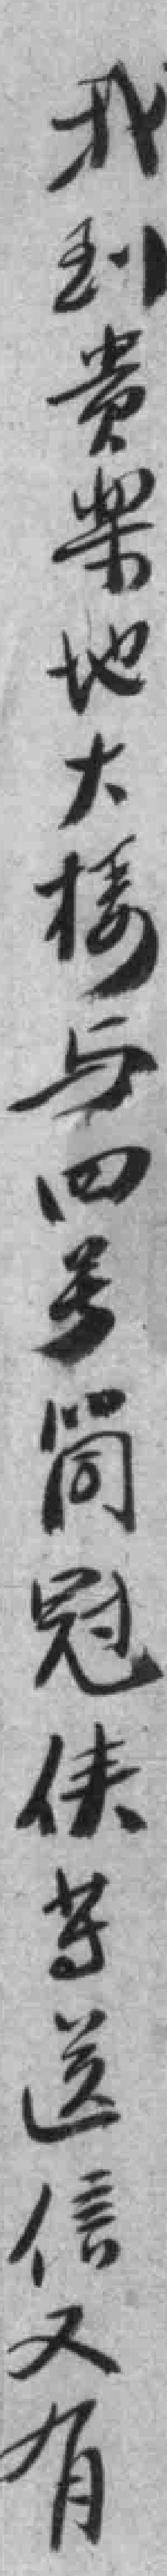
我到贵案地大楼与四号筒冠侠等送信又有